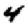
Digit: 4